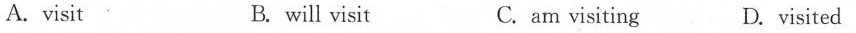
A.visit B. will visit C. am visiting D.visited